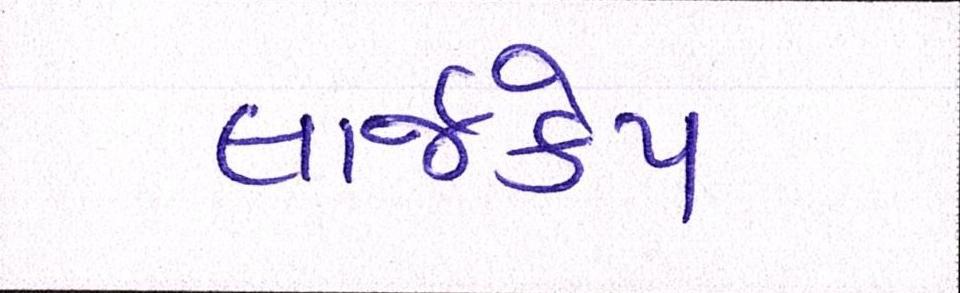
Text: લાર્જકેપ